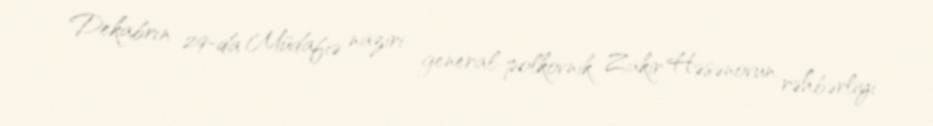
Dekabrın 29-da Müdafiə naziri general-polkovnik Zakir Həsənovun rəhbərliyi